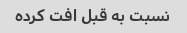
نسبت به قبل افت کرده